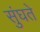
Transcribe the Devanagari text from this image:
सुंघते